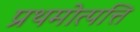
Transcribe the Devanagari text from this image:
प्रथमोत्पत्ति